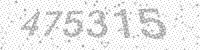
Solution: 475315